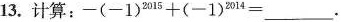
13.计算： $$-(-1)^{2015}+(-1)^{2014}=$$ ___.